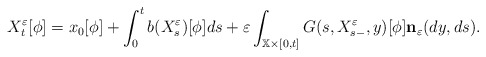
\begin{align*}X_{t}^{\varepsilon }[\phi ]=x_{0}[\phi ]+\int_{0}^{t}b(X_{s}^{\varepsilon})[\phi ]ds+\varepsilon \int_{\mathbb{X}\times \lbrack0,t]}G(s,X_{s-}^{\varepsilon },y)[\phi ]{\mathbf{n}}_{\varepsilon }(dy,ds).\end{align*}